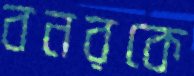
বনরকে